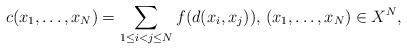
LaTeX: \begin{align*}c(x_1,\ldots, x_N)=\sum_{1\le i<j\le N}f(d(x_i,x_j)), \, (x_1,\ldots,x_N)\in X^N,\end{align*}